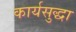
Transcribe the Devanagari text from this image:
कार्यसुद्धा